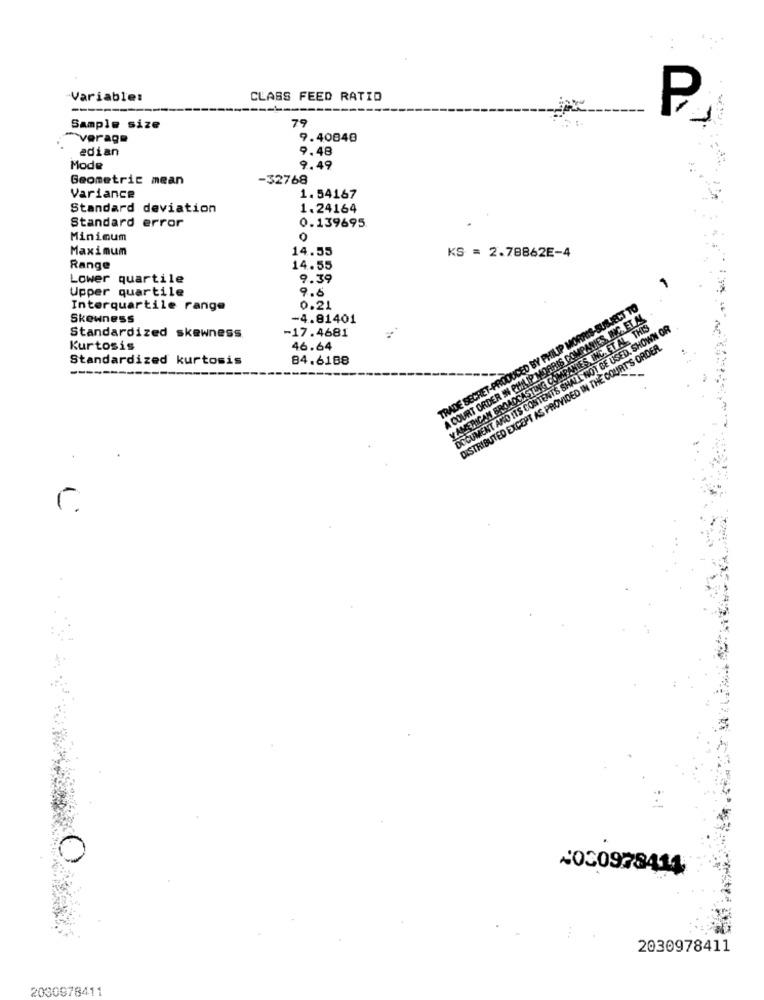
Variable:
CLASS FEED RATIO
P
79
Sample size
average
9.40840
edian
9.48
Mode
9.49
Geometric mean
-32768
Variance
1. 54167
Standard deviation
1.24164
Standard error
0.139695
Minimum
0
Maximum
14.55
KS = 2.78862E-4
Range
14.55
Lower quartile
9.39
Upper quartile
9.8
Interquartile range
0.21
TRADE SECRET-PRODUCED BY PHILIP MORRIS-SUBJECT TO
Skewness
-4.81401
A COURT ORDER IN PHILIP MORRIS COMPANIES, INC. ET AL.
Standardized skewness
-17.4681
Y AMERICAN BROADCASTING COMPANIES INC. ET AL. THIS
DOCUMENT AND ITS CONTENTS SHALL NOT BE USED, SHOWN OR
Kurtosis
46.64
DISTRIBUTED EXCEPT AS PROVIDED IN THE COURT'S ORDER.
Standardized kurtosis
84.6188
--
2030978414
2030978411
2030978411